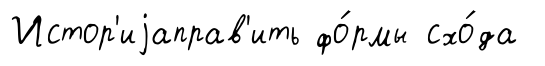
Истор'иjаправ'ить фо́рмы схо́да